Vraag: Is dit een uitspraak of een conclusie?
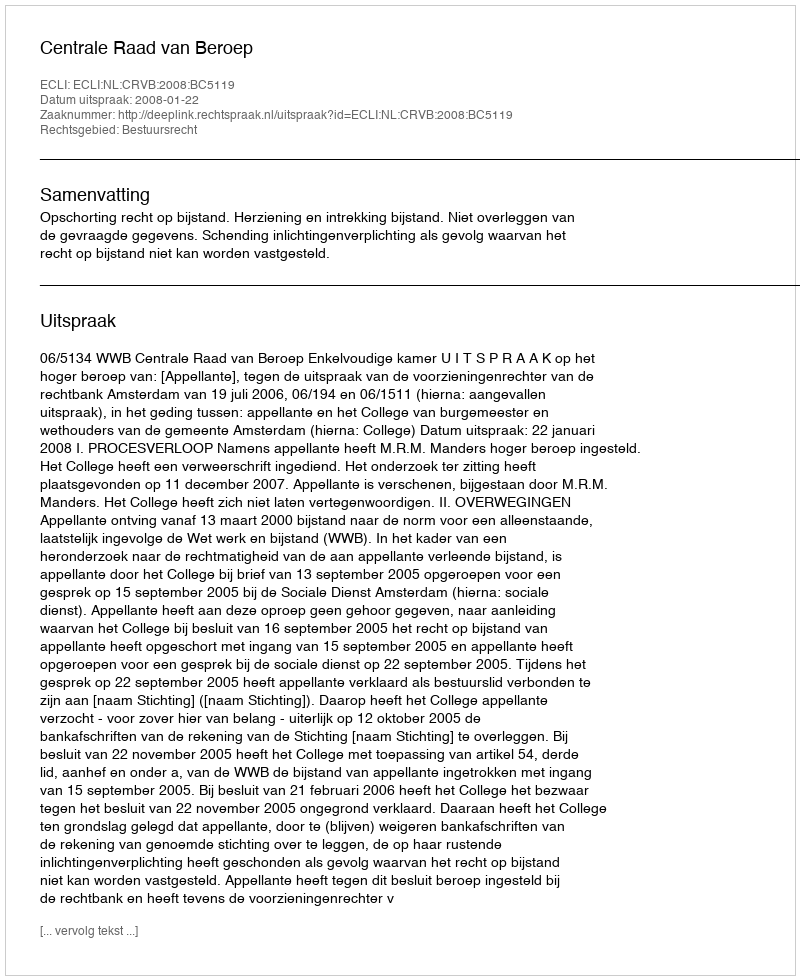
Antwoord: Uitspraak